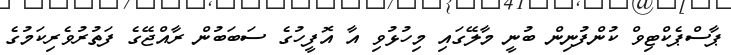
ޕާސްޕެކްޓިވް ކުންފުނިން ބުނީ މާލޭގައި މިހުޅުވި އާ އޮފީހުގެ ސަބަބުން ރާއްޖޭގެ ފަތުރުވެރިކަމުގެ